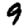
Digit: 9